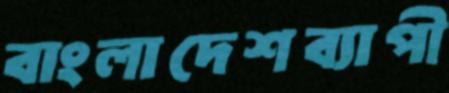
বাংলাদেশব্যাপী